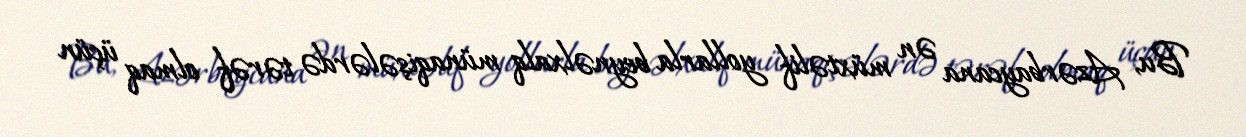
Bu, Azərbaycana ən müxtəlif yollarla beynəlxalq münaqişələrdə tərəf olmaq üçün